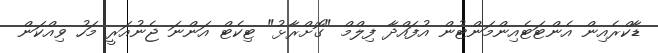
ޑާކްރެއިން އެންޓަޓެއިންމަންޓުން އުފައްދާ ފިލްމް "ގޮށްރާޅު" ޓިކެޓް އަންނަ ޖެނުއަރީ މަހު ވިއްކަން